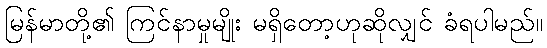
မြန်မာတို့၏ ကြင်နာမှုမျိုး မရှိတော့ဟုဆိုလျှင် ခံရပါမည်။